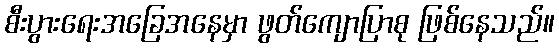
စီးပွားရေးအခြေအနေမှာ ဖွတ်ကျောပြာစု ဖြစ်နေသည်။